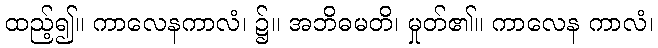
ထည့်၍။ ကာလေနကာလံ၊ ၌။ အဘိဓမတိ၊ မှုတ်၏။ ကာလေန ကာလံ၊